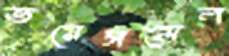
ভয়েসমেল